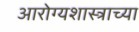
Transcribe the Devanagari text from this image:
आरोग्यशास्त्राच्या